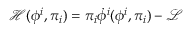
{ \mathcal { H } } ( \phi ^ { i } , \pi _ { i } ) = \pi _ { i } { \dot { \phi } } ^ { i } ( \phi ^ { i } , \pi _ { i } ) - { \mathcal { L } }